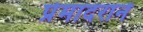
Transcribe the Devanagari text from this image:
प्रेमादराने